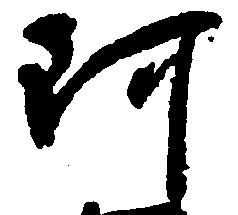
阿